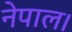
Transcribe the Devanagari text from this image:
नेपाल।